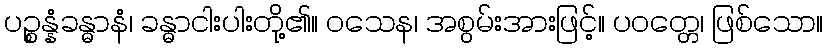
ပဉ္စန္နံခန္ဓာနံ၊ ခန္ဓာငါးပါးတို့၏။ ဝသေန၊ အစွမ်းအားဖြင့်။ ပဝတ္တေ၊ ဖြစ်သော။